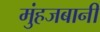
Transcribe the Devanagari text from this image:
मुंहजबानी